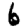
Digit: 6